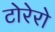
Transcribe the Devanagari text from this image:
टोरेरो